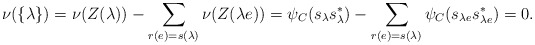
\begin{align*}\nu(\{\lambda\})=\nu(Z(\lambda))-\sum_{r(e)=s(\lambda)}\nu(Z(\lambda e))=\psi_C(s_\lambda s^*_\lambda)-\sum_{r(e)=s(\lambda)}\psi_C(s_{\lambda e}s^*_{\lambda e})=0.\end{align*}